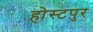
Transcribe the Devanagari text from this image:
होस्टपुर